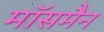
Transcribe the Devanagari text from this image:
मॉसमैन